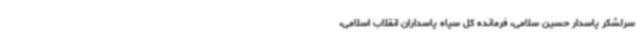
سرلشکر پاسدار حسین سلامی، فرمانده کل سپاه پاسداران انقلاب اسلامی،